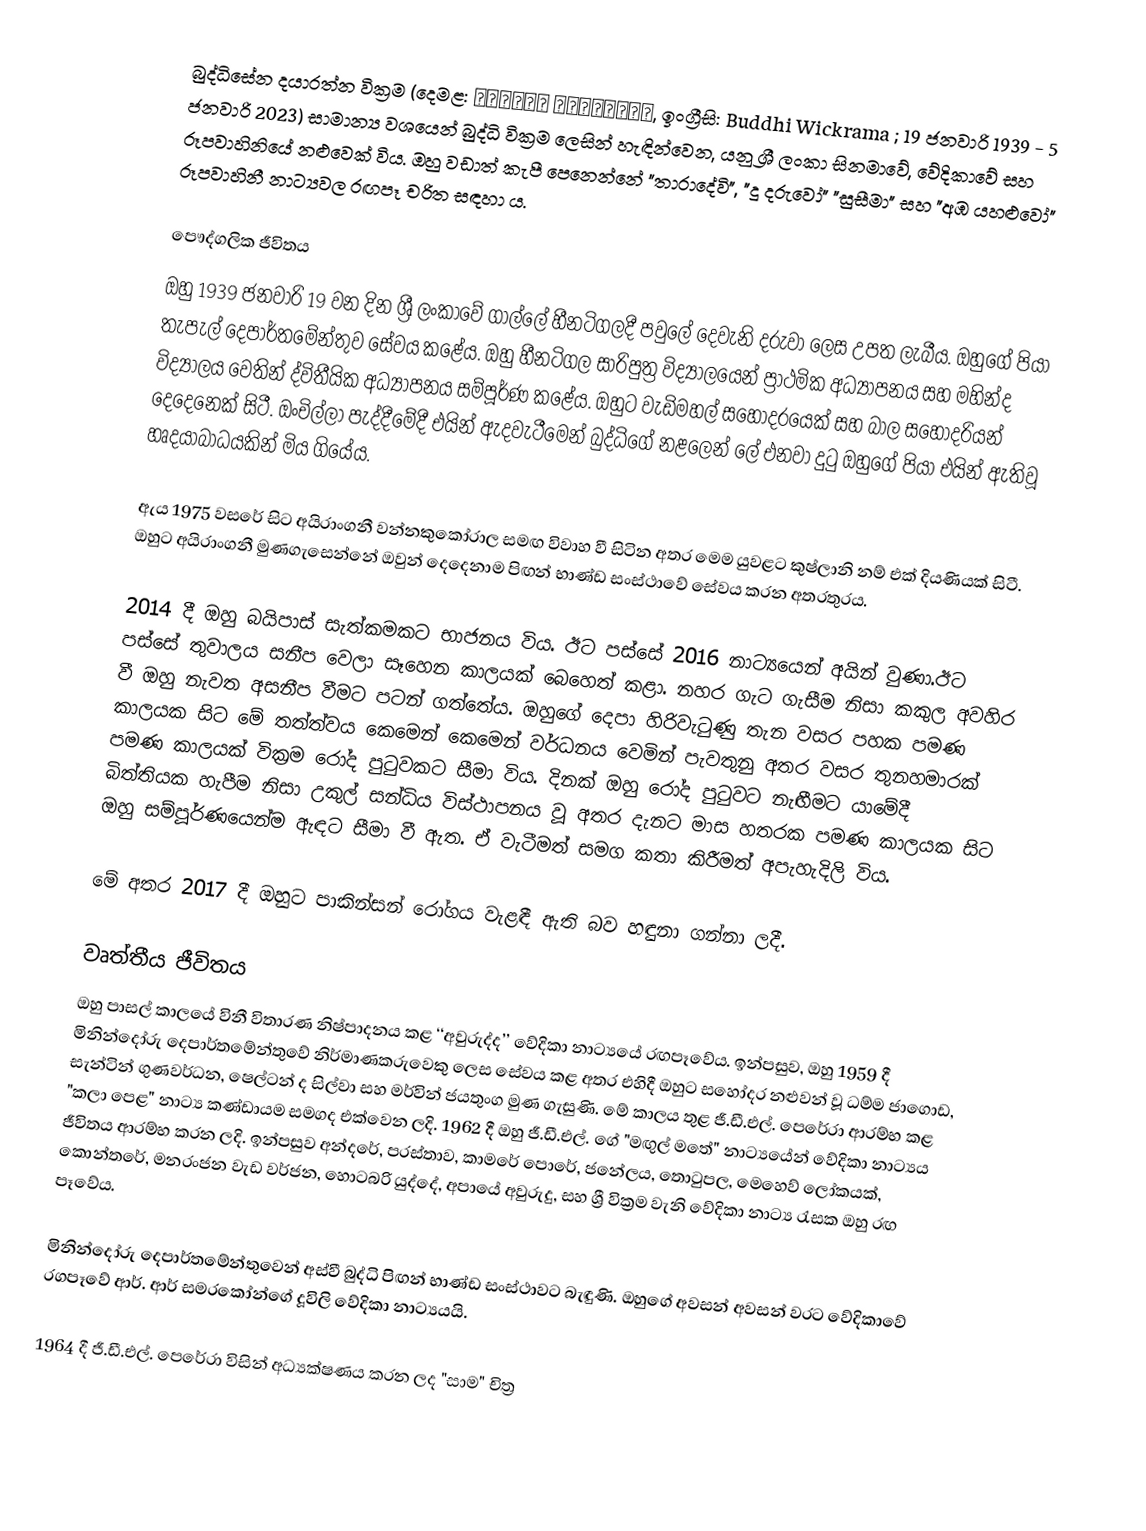
බුද්ධිසේන දයාරත්න වික්‍රම (දෙමළ: புத்தி விக்கிரம, ඉංග්‍රීසි: Buddhi Wickrama ; 19 ජනවාරි 1939 - 5 ජනවාරි 2023) සාමාන්‍ය වශයෙන් බුද්ධි වික්‍රම ලෙසින් හැඳින්වෙන, යනු ශ්‍රී ලංකා සිනමාවේ, වේදිකාවේ සහ රූපවාහිනියේ නළුවෙක් විය. ඔහු වඩාත් කැපී පෙනෙන්නේ "තාරාදේවි", "දූ දරුවෝ" "සුසීමා" සහ "අඹ යහළුවෝ" රූපවාහිනී නාට්‍යවල රඟපෑ චරිත සඳහා ය.

පෞද්ගලික ජීවිතය
ඔහු 1939 ජනවාරි 19 වන දින ශ්‍රී ලංකාවේ ගාල්ලේ හීනටිගලදී පවුලේ දෙවැනි දරුවා ලෙස උපත ලැබීය. ඔහුගේ පියා තැපැල් දෙපාර්තමේන්තුව සේවය කළේය. ඔහු හීනටිගල සාරිපුත්‍ර විද්‍යාලයෙන් ප්‍රාථමික අධ්‍යාපනය සහ මහින්ද විද්‍යාලය වෙතින් ද්විතීයික අධ්‍යාපනය සම්පූර්ණ කළේය. ඔහුට වැඩිමහල් සහෝදරයෙක් සහ බාල සහෝදරියන් දෙදෙනෙක් සිටී. ඔංචිල්ලා පැද්දීමේදී එයින් ඇදවැටීමෙන් බුද්ධිගේ නළලෙන් ලේ එනවා දු‍ටු ඔහුගේ පියා එයින් ඇතිවූ හෘදයාබාධයකින් මිය ගියේය.

ඇය 1975 වසරේ සිට අයිරාංගනී වන්නකුකෝරාල සමඟ විවාහ වී සිටින අතර මෙම යුවළට කුෂ්ලානි නම් එක් දියණියක් සිටී. ඔහුට අයිරාංගනී මුණගැසෙන්නේ ඔවුන් දෙදෙනාම පිඟන් භාණ්ඩ සංස්ථාවේ සේවය කරන අතරතුරය.

2014 දී ඔහු බයිපාස් සැත්කමකට භාජනය විය. ඊට පස්සේ 2016 නාට්‍යයෙන් අයින් වුණා.ඊට පස්සේ තුවාලය සනීප වෙලා සෑහෙන කාලයක් බෙහෙත් කළා. නහර ගැට ගැසීම නිසා කකුල අවහිර වී ඔහු නැවත අසනීප වීමට පටන් ගත්තේය. ඔහුගේ දෙපා හිරිවැටුණු තැන වසර පහක පමණ කාලයක සිට මේ තත්ත්වය කෙමෙන් කෙමෙන් වර්ධනය වෙමින් පැවතුනු අතර වසර තුනහමාරක් පමණ කාලයක් වික්‍රම රෝද පුටුවකට සීමා විය. දිනක් ඔහු රෝද පුටුවට නැඟීමට යාමේදී බිත්තියක හැපීම නිසා උකුල් සන්ධිය විස්ථාපනය වූ අතර දැනට මාස හතරක පමණ කාලයක සිට ඔහු සම්පූර්ණයෙන්ම ඇඳට සීමා වී ඇත. ඒ වැටීමත් සමග කතා කිරීමත් අපැහැදිලි විය.

මේ අතර 2017 දී ඔහුට පාකින්සන් රෝගය වැළඳී ඇති බව හඳුනා ගන්නා ලදී.

වෘත්තීය ජීවිතය
ඔහු පාසල් කාලයේ විනී විතාරණ නිෂ්පාදනය කළ ‘‘අවුරුද්ද’’ වේදිකා නාට්‍යයේ රඟපෑවේය. ඉන්පසුව, ඔහු 1959 දී මිනින්දෝරු දෙපාර්තමේන්තුවේ නිර්මාණකරුවෙකු ලෙස සේවය කළ අතර එහිදී ඔහුට සහෝදර නළුවන් වූ ධම්ම ජාගොඩ, සැන්ටින් ගුණවර්ධන, ෂෙල්ටන් ද සිල්වා සහ මර්වින් ජයතුංග මුණ ගැසුණි. මේ කාලය තුළ ජී.ඩී.එල්. පෙරේරා ආරම්භ කළ "කලා පෙළ" නාට්‍ය කණ්ඩායම සමගද එක්වෙන ලදි. 1962 දී ඔහු ජී.ඩී.එල්. ගේ "මඟුල් මතේ" නාට්‍යයේන් වේදිකා නාට්‍යය ජීවිතය ආරම්භ කරන ලදි. ඉන්පසුව අන්දරේ, පරස්තාව, කාමරේ පොරේ, ජනේලය, තොටුපල, මෙහෙව් ලෝකයක්, කොන්තරේ, මනරංජන වැඩ වර්ජන, හොටබරි යුද්දේ, අපායේ අවුරුදු, සහ ශ්‍රී වික්‍රම වැනි වේදිකා නාට්‍ය රැසක ඔහු රඟ පෑවේය.

මිනින්දෝරු දෙපාර්තමේන්තුවෙන් අස්වී බුද්ධි පිඟන් භාණ්ඩ සංස්ථාවට බැඳුණි. ඔහුගේ අවසන් අවසන් වරට වේදිකාවේ රගපෑවේ ආර්. ආර් සමරකෝන්ගේ දූවිලි වේදිකා නාට්‍යයයි.

1964 දී ජී.ඩී.එල්. පෙරේරා විසින් අධ්‍යක්ෂණය කරන ලද "සාම" චිත්‍ර